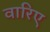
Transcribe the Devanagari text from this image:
वारिए